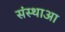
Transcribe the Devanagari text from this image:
संस्थाआ